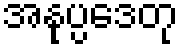
အနုပ္ပဒေတု